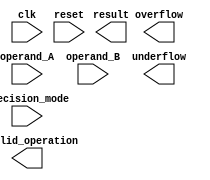
module mixed_precision_unit (
    input wire clk,
    input wire reset,
    input wire [1:0] precision_mode, // 00 for single precision, 01 for double precision
    input wire [31:0] operand_A,
    input wire [31:0] operand_B,
    output wire [31:0] result,
    output wire overflow,
    output wire underflow,
    output wire invalid_operation
);

// Add your Verilog code here

endmodule